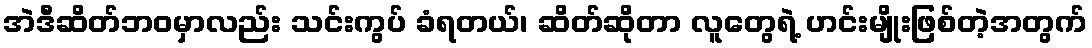
အဲဒီဆိတ်ဘဝမှာလည်း သင်းကွပ် ခံရတယ်၊ ဆိတ်ဆိုတာ လူတွေရဲ့ ဟင်းမျိုးဖြစ်တဲ့အတွက်